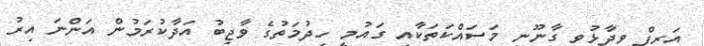
އަރީފް ވިދާޅުވީ ގާނޫނީ މަސައްކަތަކާއި ގައުމީ ހިދުމަތުގެ ވާޖިބު އަދާކުރަމުން އަންނަ އިރު